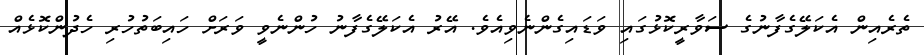
ތެރެއިން އެކަލޭގެފާނުގެ ސަވާރީކޮޅުގައި ވަޑައިގެންނެވިއެވެ. އޭރު އެކަލޭގެފާނު ހުންނެވީ ވަރަށް ހައިބަތުހުރި ހެދުންކޮޅެއް